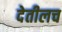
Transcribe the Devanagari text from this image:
देतीलच